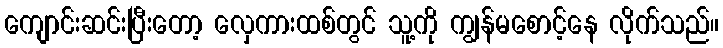
ကျောင်းဆင်းပြီးတော့ လှေကားထစ်တွင် သူ့ကို ကျွန်မစောင့်နေ လိုက်သည်။